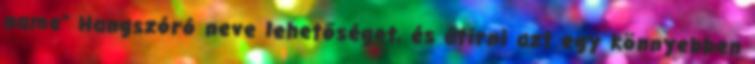
name" Hangszóró neve lehetőséget, és átírni azt egy könnyebben